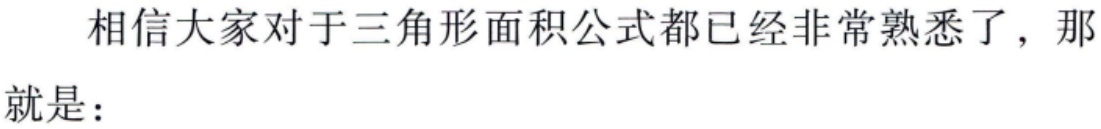
相信大家对于三角形面积公式都已经非常熟悉了，那就是：